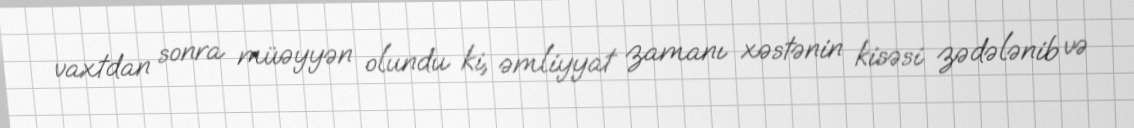
vaxtdan sonra müəyyən olundu ki, əmliyyat zamanı xəstənin kisəsi zədələnib və